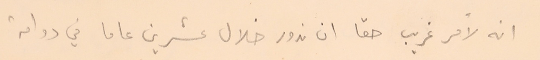
انه لامر غريب حقا ان ندور خلال عشرين عاما في دوامة